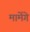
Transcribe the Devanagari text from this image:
मामेंगे